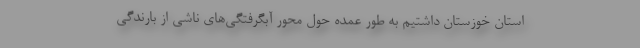
استان خوزستان داشتیم به طور عمده حول محور آبگرفتگی‌های ناشی از بارندگی